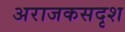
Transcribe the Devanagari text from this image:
अराजकसदृश